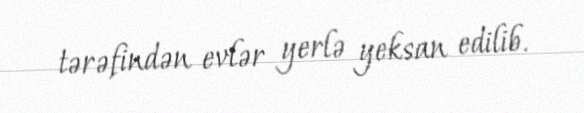
tərəfindən evlər yerlə yeksan edilib.